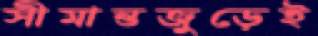
সীমান্তজুড়েই